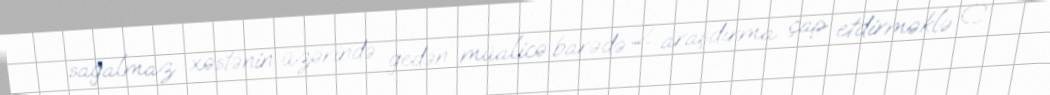
sağalmaz xəstənin üzərində gedən müalicə barədə 2 araşdırma çap etdirməklə C